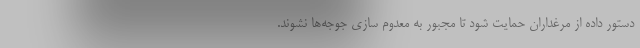
دستور داده از مرغداران حمایت شود تا مجبور به معدوم سازی جوجه‌ها نشوند.